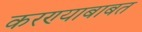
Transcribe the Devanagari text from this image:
करण्‍याबाबत